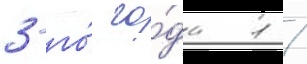
3-го́ го́да 1 /